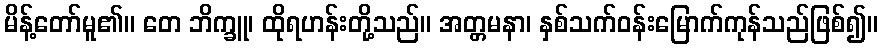
မိန့်တော်မူ၏။ တေ ဘိက္ခူ၊ ထိုရဟန်းတို့သည်။ အတ္တမနာ၊ နှစ်သက်ဝန်းမြောက်ကုန်သည်ဖြစ်၍။